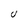
Character: U